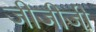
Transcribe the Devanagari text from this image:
जीजीजी